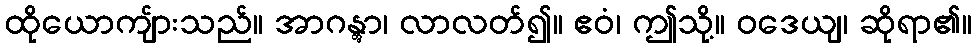
ထိုယောကျ်ားသည်။ အာဂန္တွာ၊ လာလတ်၍။ ဧဝံ၊ ဤသို့။ ဝဒေယျ၊ ဆိုရာ၏။